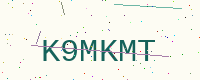
Text: K9MKMT